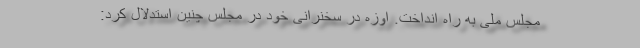
مجلس ملی به راه انداخت. اوزه در سخنرانی خود در مجلس چنین استدلال کرد: